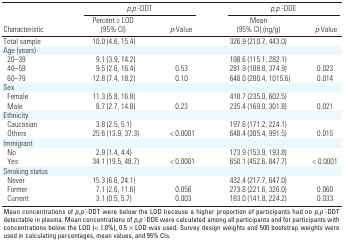
<table><thead><tr><td rowspan="2"><b>Characteristic</b></td><td colspan="2"><b><i>p,p ́</i>-DDT</b></td><td colspan="2"><b><i>p,p ́</i>-DDE</b></td></tr><tr><td><b>Percent ≥ LOD (95% CI)</b></td><td><b><i>p</i>-Value</b></td><td><b>Mean (95% CI) (ng/g)</b></td><td><b><i>p</i>-Value</b></td></tr></thead><tbody><tr><td><b>Total sample</b></td><td>10.0 (4.6, 15.4)</td><td></td><td>326.9 (210.7, 443.0)</td></tr><tr><td><b>Age (years)</b></td></tr><tr><td><b>20–39</b></td><td>9.1 (3.9, 14.2)</td><td></td><td>198.6 (115.1, 282.1)</td></tr><tr><td><b>40–59</b></td><td>9.5 (2.6, 16.4)</td><td>0.53</td><td>281.9 (188.8, 374.9)</td><td>0.023</td></tr><tr><td><b>60–79 </b></td><td>12.8 (7.4, 18.2)</td><td>0.10</td><td>648.0 (280.4, 1015.6)</td><td>0.014</td></tr><tr><td><b>Sex</b></td></tr><tr><td><b>Female</b></td><td>11.3 (5.8, 16.8)</td><td></td><td>418.7 (235.0, 602.5)</td></tr><tr><td><b>Male</b></td><td>8.7 (2.7, 14.8)</td><td>0.23</td><td>235.4 (169.0, 301.8)</td><td>0.021</td></tr><tr><td><b>Ethnicity </b></td></tr><tr><td><b>Caucasian </b></td><td>3.8 (2.5, 5.1)</td><td></td><td>197.6 (171.2, 224.1)</td></tr><tr><td><b>Others </b></td><td>25.6 (13.9, 37.3)</td><td>&lt; 0.0001</td><td>648.4 (305.4, 991.5)</td><td>0.015</td></tr><tr><td><b>Immigrant </b></td></tr><tr><td><b>No </b></td><td>2.9 (1.4, 4.4)</td><td></td><td>173.9 (153.9, 193.8)</td></tr><tr><td><b>Yes </b></td><td> 34.1 (19.5, 48.7)</td><td>&lt; 0.0001</td><td>650.1 (452.6, 847.7)</td><td>&lt; 0.0001</td></tr><tr><td><b>Smoking status</b></td></tr><tr><td><b>Never</b></td><td>15.3 (6.6, 24.1)</td><td></td><td>432.4 (217.7, 647.0)</td></tr><tr><td><b>Former</b></td><td>7.1 (2.6, 11.6)</td><td>0.056</td><td>273.8 (221.6, 326.0)</td><td>0.060</td></tr><tr><td><b>Current</b></td><td>3.1 (0.5, 5.7)</td><td>0.003</td><td>183.0 (141.8, 224.2)</td><td>0.033</td></tr><tr><td colspan="5">Mean concentrations of <i>p,p ́</i>-DDT were below the LOD because a higher proportion of participants had no <i>p,p ́</i>-DDT detectable in plasma. Mean concentrations of <i>p,p ́</i>-DDE were calculated among all participants and for participants with concentrations below the LOD (&lt; 1.0%), 0.5 × LOD was used. Survey design weights and 500 bootstrap weights were used in calculating percentages, mean values, and 95% CIs.</td></tr></tbody></table>